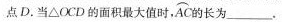
点D.当\triangle OCD的面积最大值时，\stackrel\frown{AC} 的长为____。